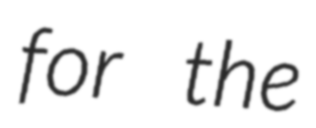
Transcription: for the